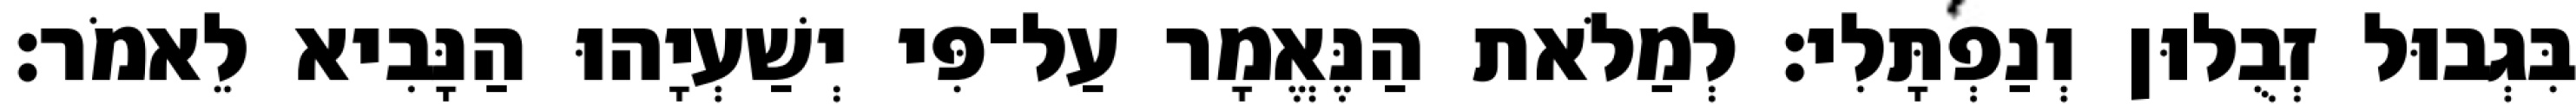
בִּגְבוּל זְבֻלוּן וְנַפְתָּלִי׃ לְמַלֹאת הַנֶּאֱמָר עַל־פִּי יְשַׁעְיָהוּ הַנָּבִיא לֵאמֹר׃